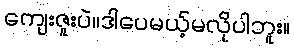
ကျေးဇူးပဲ။ဒါပေမယ့်မလိုပါဘူး။